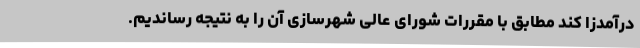
درآمدزا کند مطابق با مقررات شورای عالی شهرسازی آن را به نتیجه رساندیم.